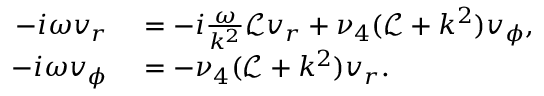
\begin{array} { r l } { - i \omega v _ { r } } & { { } = - i \frac { \omega } { k ^ { 2 } } \mathcal { L } v _ { r } + \nu _ { 4 } ( \mathcal { L } + k ^ { 2 } ) v _ { \phi } , } \\ { - i \omega v _ { \phi } } & { { } = - \nu _ { 4 } ( \mathcal { L } + k ^ { 2 } ) v _ { r } . } \end{array}